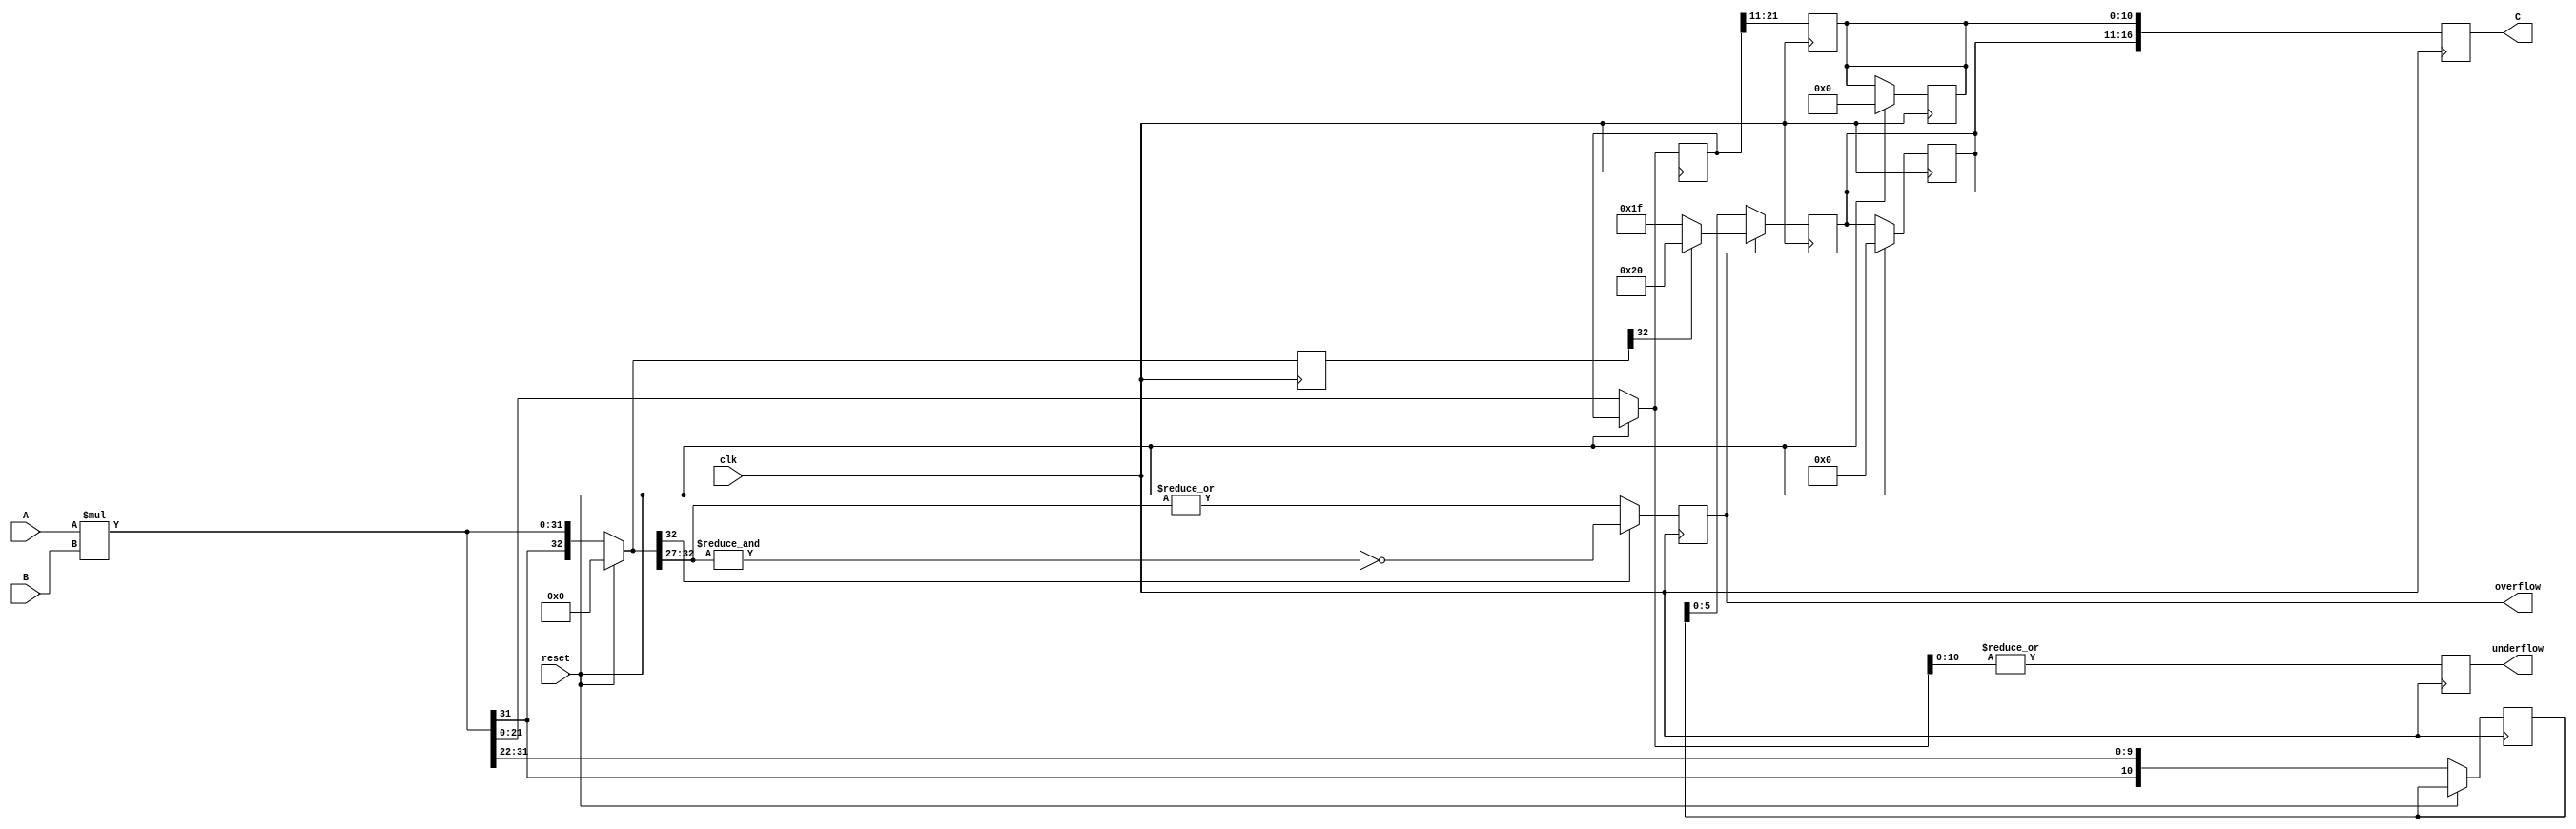
`timescale 1ns / 1ps
//////////////////////////////////////////////////////////////////////////////////
// Company: 
// Engineer: 
// 
// Design Name: 
// Module Name: Fixed_point_add
// Project Name: 
// Target Devices: 
// Tool Versions: 
// Description: 
// 
// Dependencies: 
// 
// Revision:
// Revision 0.01 - File Created
// Additional Comments:
// 
//////////////////////////////////////////////////////////////////////////////////


module FP_Mul
#(parameter  WI1 = 5,           // integer part bitwidth for integer 1  
             WF1 = 11,          // fractional part bitwidth for integer 1
             WI2 = 5,           // integer part bitwidth for integer 2
             WF2 = 11,          // fractional part bitwidth for integer 2
             WIO = 6,           // integer part bitwidth for addition output (user input)
             WFO = 11          // integer part bitwidth for addition outout (user input)
             ) (
                     input clk,
                     input reset,
                     input signed [ (WI1+WF1)-1 :0]A,
                     input signed [ (WI2+WF2)-1 :0]B,
                     output reg signed [ (WIO+WFO)-1 :0]C,
                     output reg overflow,
                     output reg underflow
               );
 
localparam F_int =  WI1+WI2 ; // Final integer part length among the two numbers is taken
localparam F_Frac =  WF1+WF2 ; // Final fractional part length among the two numbers is taken

reg [F_int+F_Frac:0]product;
reg [F_int:0]product_I;
reg [F_Frac-1:0]product_F;

reg [WIO-1:0]C_I;
reg [WFO-1:0]C_F;

always@(posedge clk) begin
     if(reset) begin
        product <= 'd0;
        C_I <= 'd0;
        C_F <= 'd0;
        overflow <= 'd0;
        underflow <= 'd0;
     end
     else begin
       product = A*B;
       product_I = product[F_int+F_Frac:F_Frac];
       product_F = product[F_Frac:0];
     end
     
     underflow = |product_F[F_Frac-WFO-1:0];
     
     if(WIO>F_int)
        overflow=0;
     else if(product[F_int+F_Frac]==0)
        overflow=|product[F_int+F_Frac:(F_int+F_Frac-(F_int-(WIO-1)))];
     else if(product[F_int+F_Frac]==1)
        overflow=(~(&product[F_int+F_Frac:F_Frac+WIO-1]));
     else
        overflow=0;  
end

always@(posedge clk) begin
    C_F <= product_F[F_Frac-1:F_Frac-WFO];
    if(overflow)begin
        if(product[F_int+F_Frac] == 0) begin
            C_I <= {product[F_int+F_Frac],{(WIO-1){1'b1}}};
        end
        else if( product[F_int+F_Frac] == 1) begin
            C_I <= {product[F_int+F_Frac],{(WIO-1){1'b0}}};
        end
     end
     else begin
        C_I <= product_I[WIO-1:0];
     end
     C <= {C_I,C_F};
end

endmodule